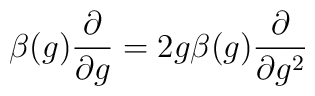
\beta(g)\frac{\partial}{\partial g}=2g\beta(g)\frac{\partial}{\partial	g^2}